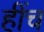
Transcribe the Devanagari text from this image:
हींच